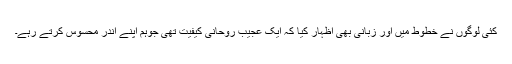
کئی لوگوں نے خطوط میں اور زبانی بھی اظہار کیا کہ ایک عجیب روحانی کیفیت تھی جوہم اپنے اندر محسوس کرتے رہے۔